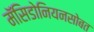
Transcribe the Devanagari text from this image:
मॅसिडोनियनसोबत